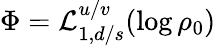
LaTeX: \Phi=\mathcal{L}_{1,d/s}^{u/v}(\log\rho_{0})